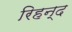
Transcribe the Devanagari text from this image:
रिहन्‍द